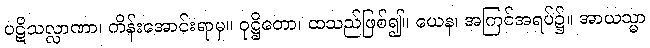
ပဋိသလ္လာဏာ၊ ကိန်းအောင်းရာမှ။ ဝုဋ္ဌိတော၊ ထသည်ဖြစ်၍။ ယေန၊ အကြင်အရပ်၌။ အာယသ္မာ